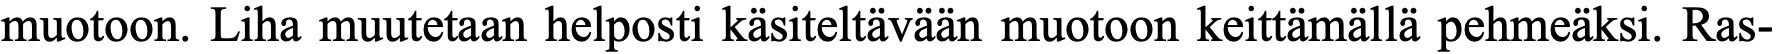
muotoon. Liha muutetaan helposti käsiteltävään muotoon keittämällä pehmeäksi. Ras-